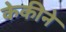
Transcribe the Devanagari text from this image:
केकीने